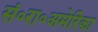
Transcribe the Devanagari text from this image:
सं॰रा॰अमेरिका